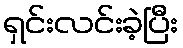
ရှင်းလင်းခဲ့ပြီး